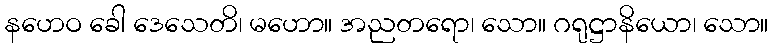
နဟေဝ ခေါ ဒေသေတိ၊ မဟော။ အညတရော၊ သော။ ဂရုဋ္ဌာနိယော၊ သော။